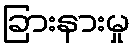
ခြားနားမှု